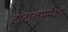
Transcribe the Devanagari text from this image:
टांटालमपेक्षा